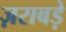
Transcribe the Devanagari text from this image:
ज़राबड़े